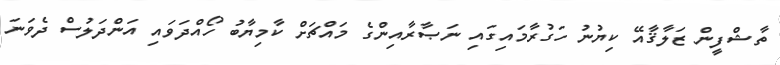
ތާޝްފީން ޒަލާޤާއޭ ކިޔުނު ހަގުރާމައިގައި ނަޞާރާއިންގެ މައްޗަށް ކާމިޔާބު ހޯއްދަވައި އަންދަލުސް ދެވަނަ